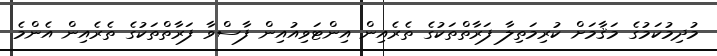
މުދިމުކަމުގެ މަޤާމަށް ކުރިމަތިލާ ފަރާތްތަކުގެ ތެރެއިން އިންޓަވިއުއިން ފާސްވާ ފަރާތްތަކުގެ ތެރެއިން އެންމެ